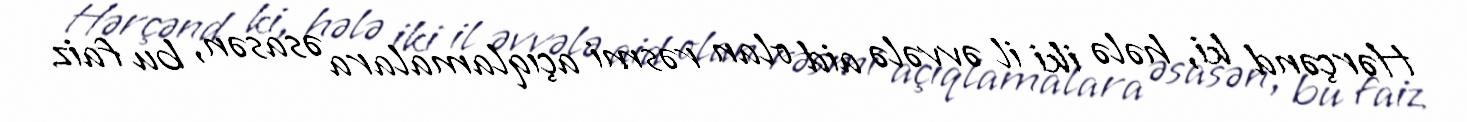
Hərçənd ki, hələ iki il əvvələ aid olan rəsmi açıqlamalara əsasən, bu faiz